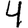
Digit: 4